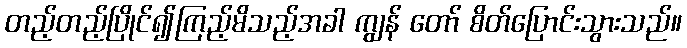
တည့်တည့်ပြိုင်၍ကြည့်မိသည့်အခါ ကျွန် တော် စိတ်ပြောင်းသွားသည်။